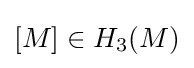
[M]\in H_{3}(M)